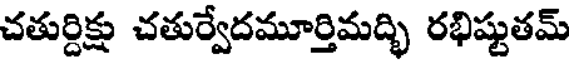
చతుర్దిక్షు చతుర్వేదమూర్తిమద్భి రభిష్టుతమ్